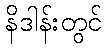
နိဒါန်းတွင်